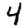
Digit: 4